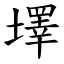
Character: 墿